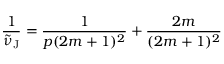
\frac { 1 } { \widetilde { \nu } _ { \mathrm { J } } } = \frac { 1 } { p ( 2 m + 1 ) ^ { 2 } } + \frac { 2 m } { ( 2 m + 1 ) ^ { 2 } }